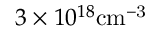
3 \times 1 0 ^ { 1 8 } \mathrm { c m ^ { - 3 } }